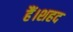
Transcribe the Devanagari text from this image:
हैं।शहद